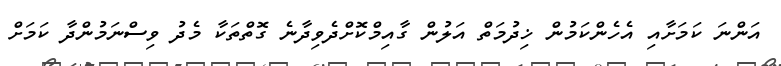
އަންނަ ކަމަށާއި އެހެންކަމުން ޚިދުމަތް އަލުން ގާއިމްކޮށްދެވިދާނެ ގޮތްތަކާ މެދު ވިސްނަމުންދާ ކަމަށް